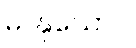
မာနုသောပိ